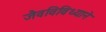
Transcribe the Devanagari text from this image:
जैवविविध्याने